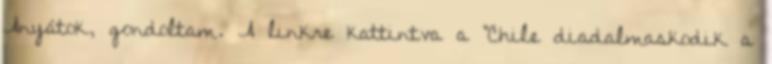
Anyátok, gondoltam. A linkre kattintva a "Chile diadalmaskodik a